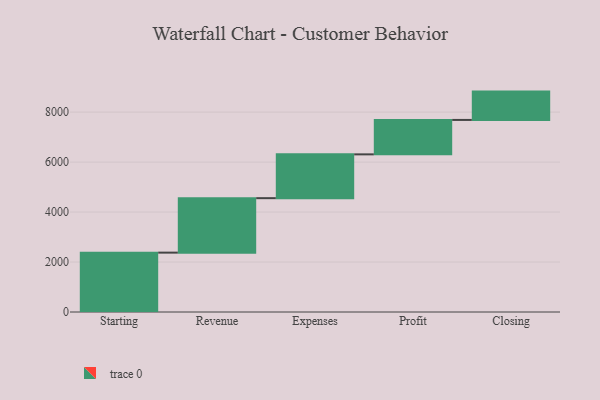
{"axis": {"x": "Step", "y": "Value"}, "legend": [""], "data": [{"x": "Starting", "y": 2376.0, "type": ""}, {"x": "Revenue", "y": 2180.0, "type": ""}, {"x": "Expenses", "y": 1753.0, "type": ""}, {"x": "Profit", "y": 1378.0, "type": ""}, {"x": "Closing", "y": 1134.0, "type": ""}]}